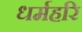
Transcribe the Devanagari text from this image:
धर्महरि